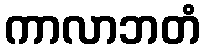
ကာလာဘတံ